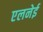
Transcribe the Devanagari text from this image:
एलनेई